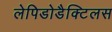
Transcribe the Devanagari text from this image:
लेपिडोडैक्टिलस